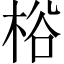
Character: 㭲